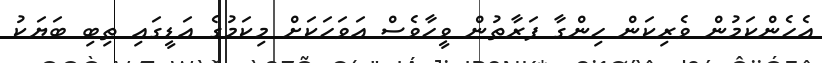
އެހެންކަމުން ވެރިކަން ހިންގާ ފަރާތުން ވީހާވެސް އަވަހަކަށް މިކަމުގެ އަޑީގައި ތިބި ބަޔަކު